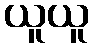
ယူယူ